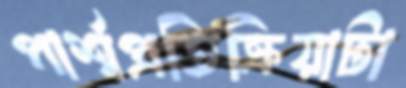
পার্শ্বপ্রতিক্রিয়াটা